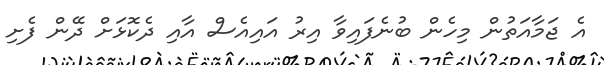
އެ ޖަމާއަތުން މިހެން ބުނެފައިވާ އިރު އައިއެސް އާއި ދެކޮޅަށް ދޭން ފެށި